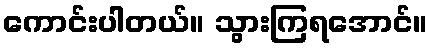
ကောင်းပါတယ်။ သွားကြရအောင်။